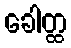
ခေါတ္ထ